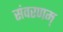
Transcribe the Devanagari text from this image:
संवरणम्